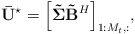
\begin{align*} {\bf{\bar U}}^{\star} = {\left[ {{\bf{\tilde \Sigma }}{{\bf{\tilde B}}^H}} \right]_{1:{M_t},:}}, \end{align*}